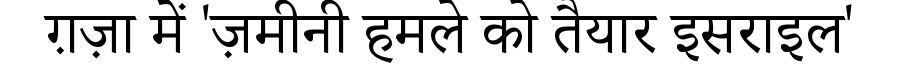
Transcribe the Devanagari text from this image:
ग़ज़ा में 'ज़मीनी हमले को तैयार इसराइल'